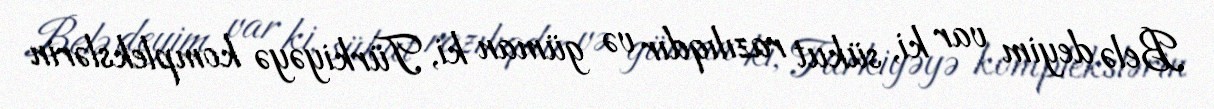
Belə deyim var ki, sükut razılıqdır və güman ki, Türkiyəyə komplekslərin